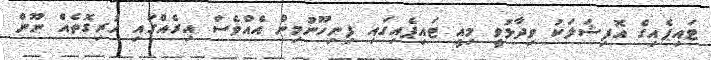
ޓައިޕެއިގެ އޮފިޝަލަކު ވިދާޅުވީ މިއީ ޓައިޕެއިގައި ފިނިހޫނުމިން އެއްވެސް އިރެއްގައި ހުރިގޮތެއް ނޫން